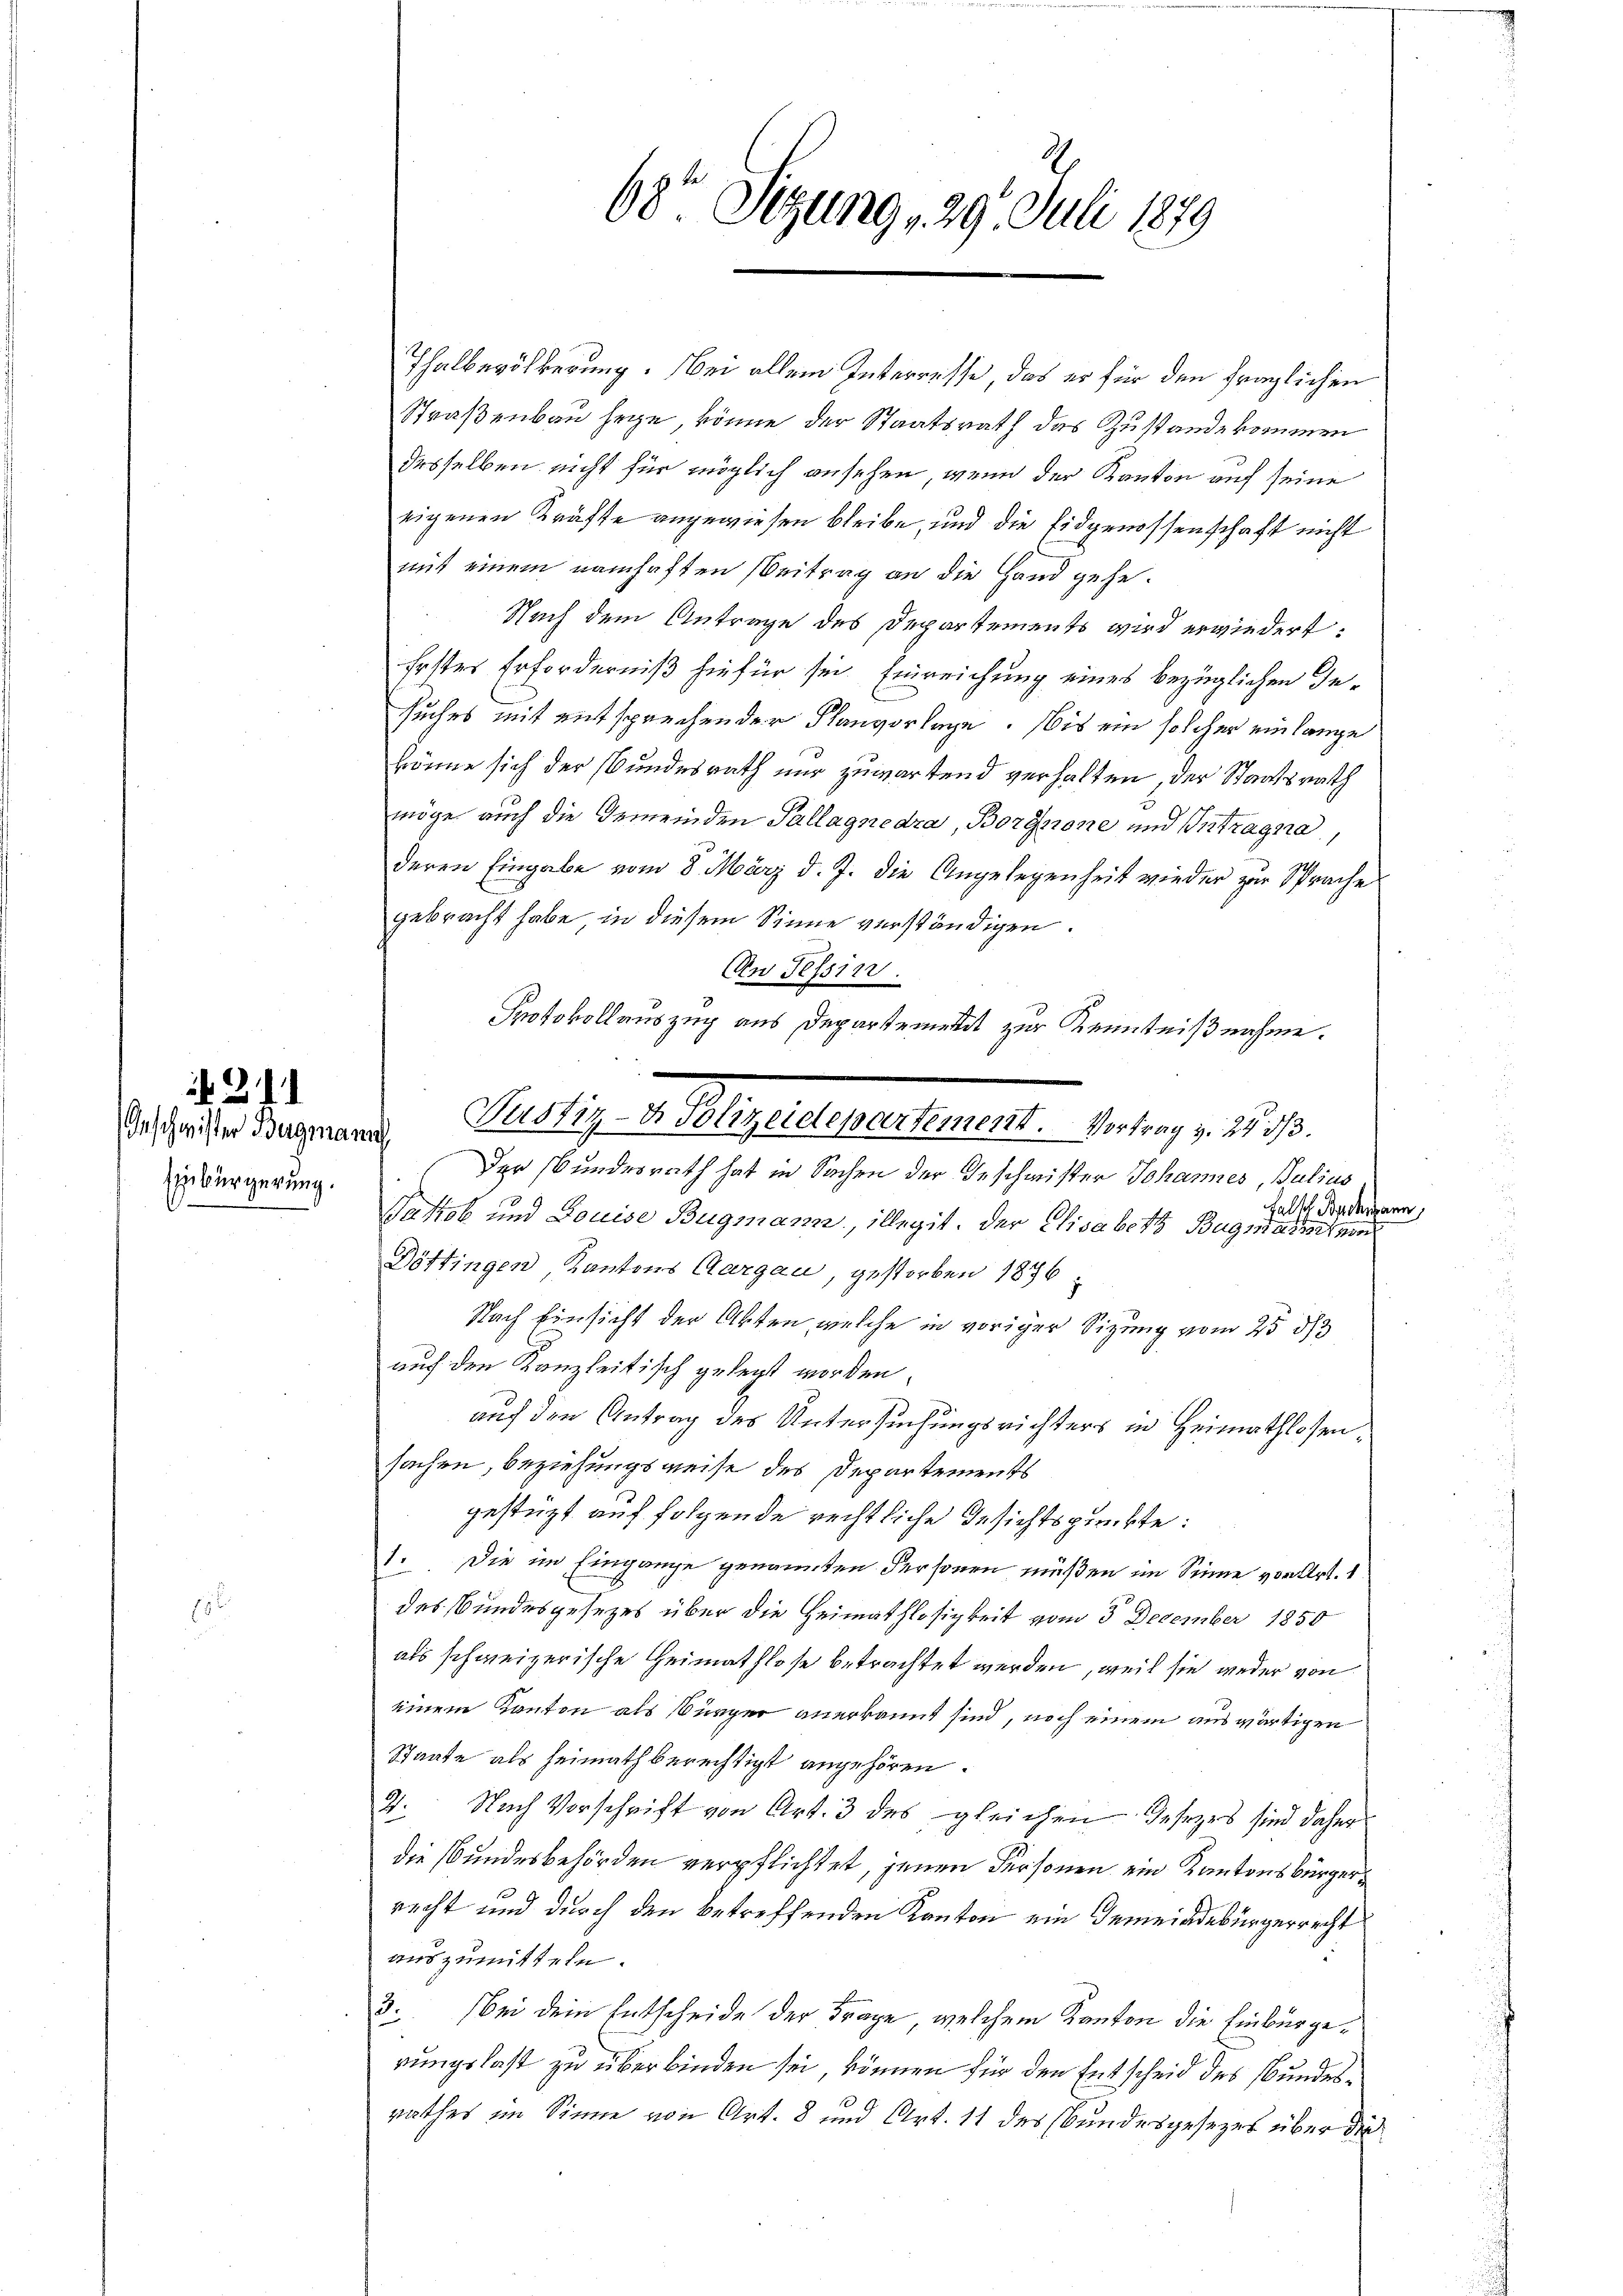
Anschwister Bergmann
Einbürgerung.
-

21

Thalbevölkerung. Bei allem Interresse, das er für den fraglichen
Straßenbau hege, könne der Staatsrath das Zustande kommen
desselben nicht für möglich ansehen, wenn der Kanton auf seine
eigenen Kräfte angewiesen bleibe, und die Eidgenossenschaft nicht
mit einem namhaften Beitrag an die Hand gehe.
Nach dem Antrage des Departements wird erwiedert:
Erstes Erforderniß hiefür sei Einreichung eines bezüglichen Gesuches mit entsprechender Planvorlage. bis ein solcher einlange
könne sich der Bundesrath nur zuwartend verhalten, der Staatsrath
möge auch die Gemeinden Pallagnedra, Borgnone und Intragsa
deren Eingabe vom 8. März d. J. die Angelegenheit wieder zur Sprache
gebracht habe in diesem Sinne verständigen.
An Tessin.
Protokollauszug aus Departement zur Kenntnißnahme.
Der Bundesrath hat in Sachen der Geschwister Johannes, Julius
Fall Bachmann,
Vatzob und Douise Bugmann, illegit. Der Elisabeth Bugmatischen
Döttingen, Kantons Aargau, gestorben 1876
Nach Einsicht der Akten, welche in voriger Sizung vom 25 d
auf den Kanzleitisch gelegt worden.
auf den Antrag des Untersuchungsrichters in Heimathlossensachen, beziehungsweise des Departements
gestützt auf folgende rechtliche Gesichtspunkte:
1. Die im Eingange genannten Personen müßen im Sinne von Art. 1
des Bundesgesetzes über die Heimathlosigkeit vom 3. December 1850
als schweizerische Heimathlose betrachtet werden, weil sie weder von
einem Kanton als Bürger anerkannt sind, noch einem auswärtigen
Staate als heimath berechtigt angehören.
2. Nach Vorschrift von Art. 3 des gleichen Gesetzes sind daher
die Bundesbehörden verpflichtet, jenen Personen ein Kantonsbürger
recht und durch den betreffenden Kanton ein Gemeindebürgerrecht
auszumitteln.
3. Bei dem Entscheide der Frage, welchem Kanton die Einbürgerungslast zu überbinden sei, können für den Entscheid des Bundesrathes im Sinne von Art. 8 und Art. 11 des Bundesgesezes über die

68 Sizung 29. Juli 1879

Pudlig allensteuernstlerierte Fertig u. a.